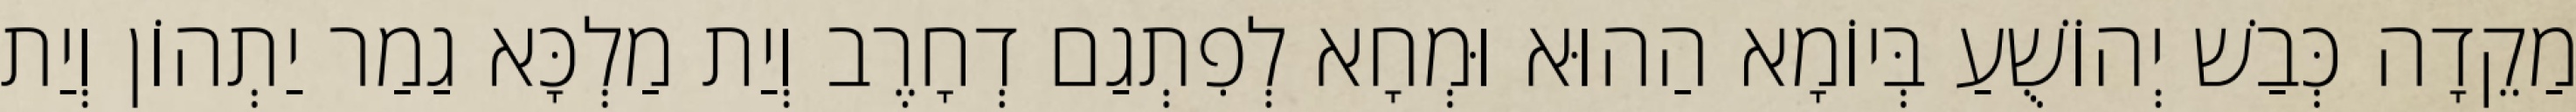
מַקֵדָה כְּבַשׁ יְהוֹשֻׁעַ בְּיוֹמָא הַהוּא וּמְחָא לְפִתְגַם דְחָרֶב וְיַת מַלְכָּא גַמַר יַתְהוֹן וְיַת